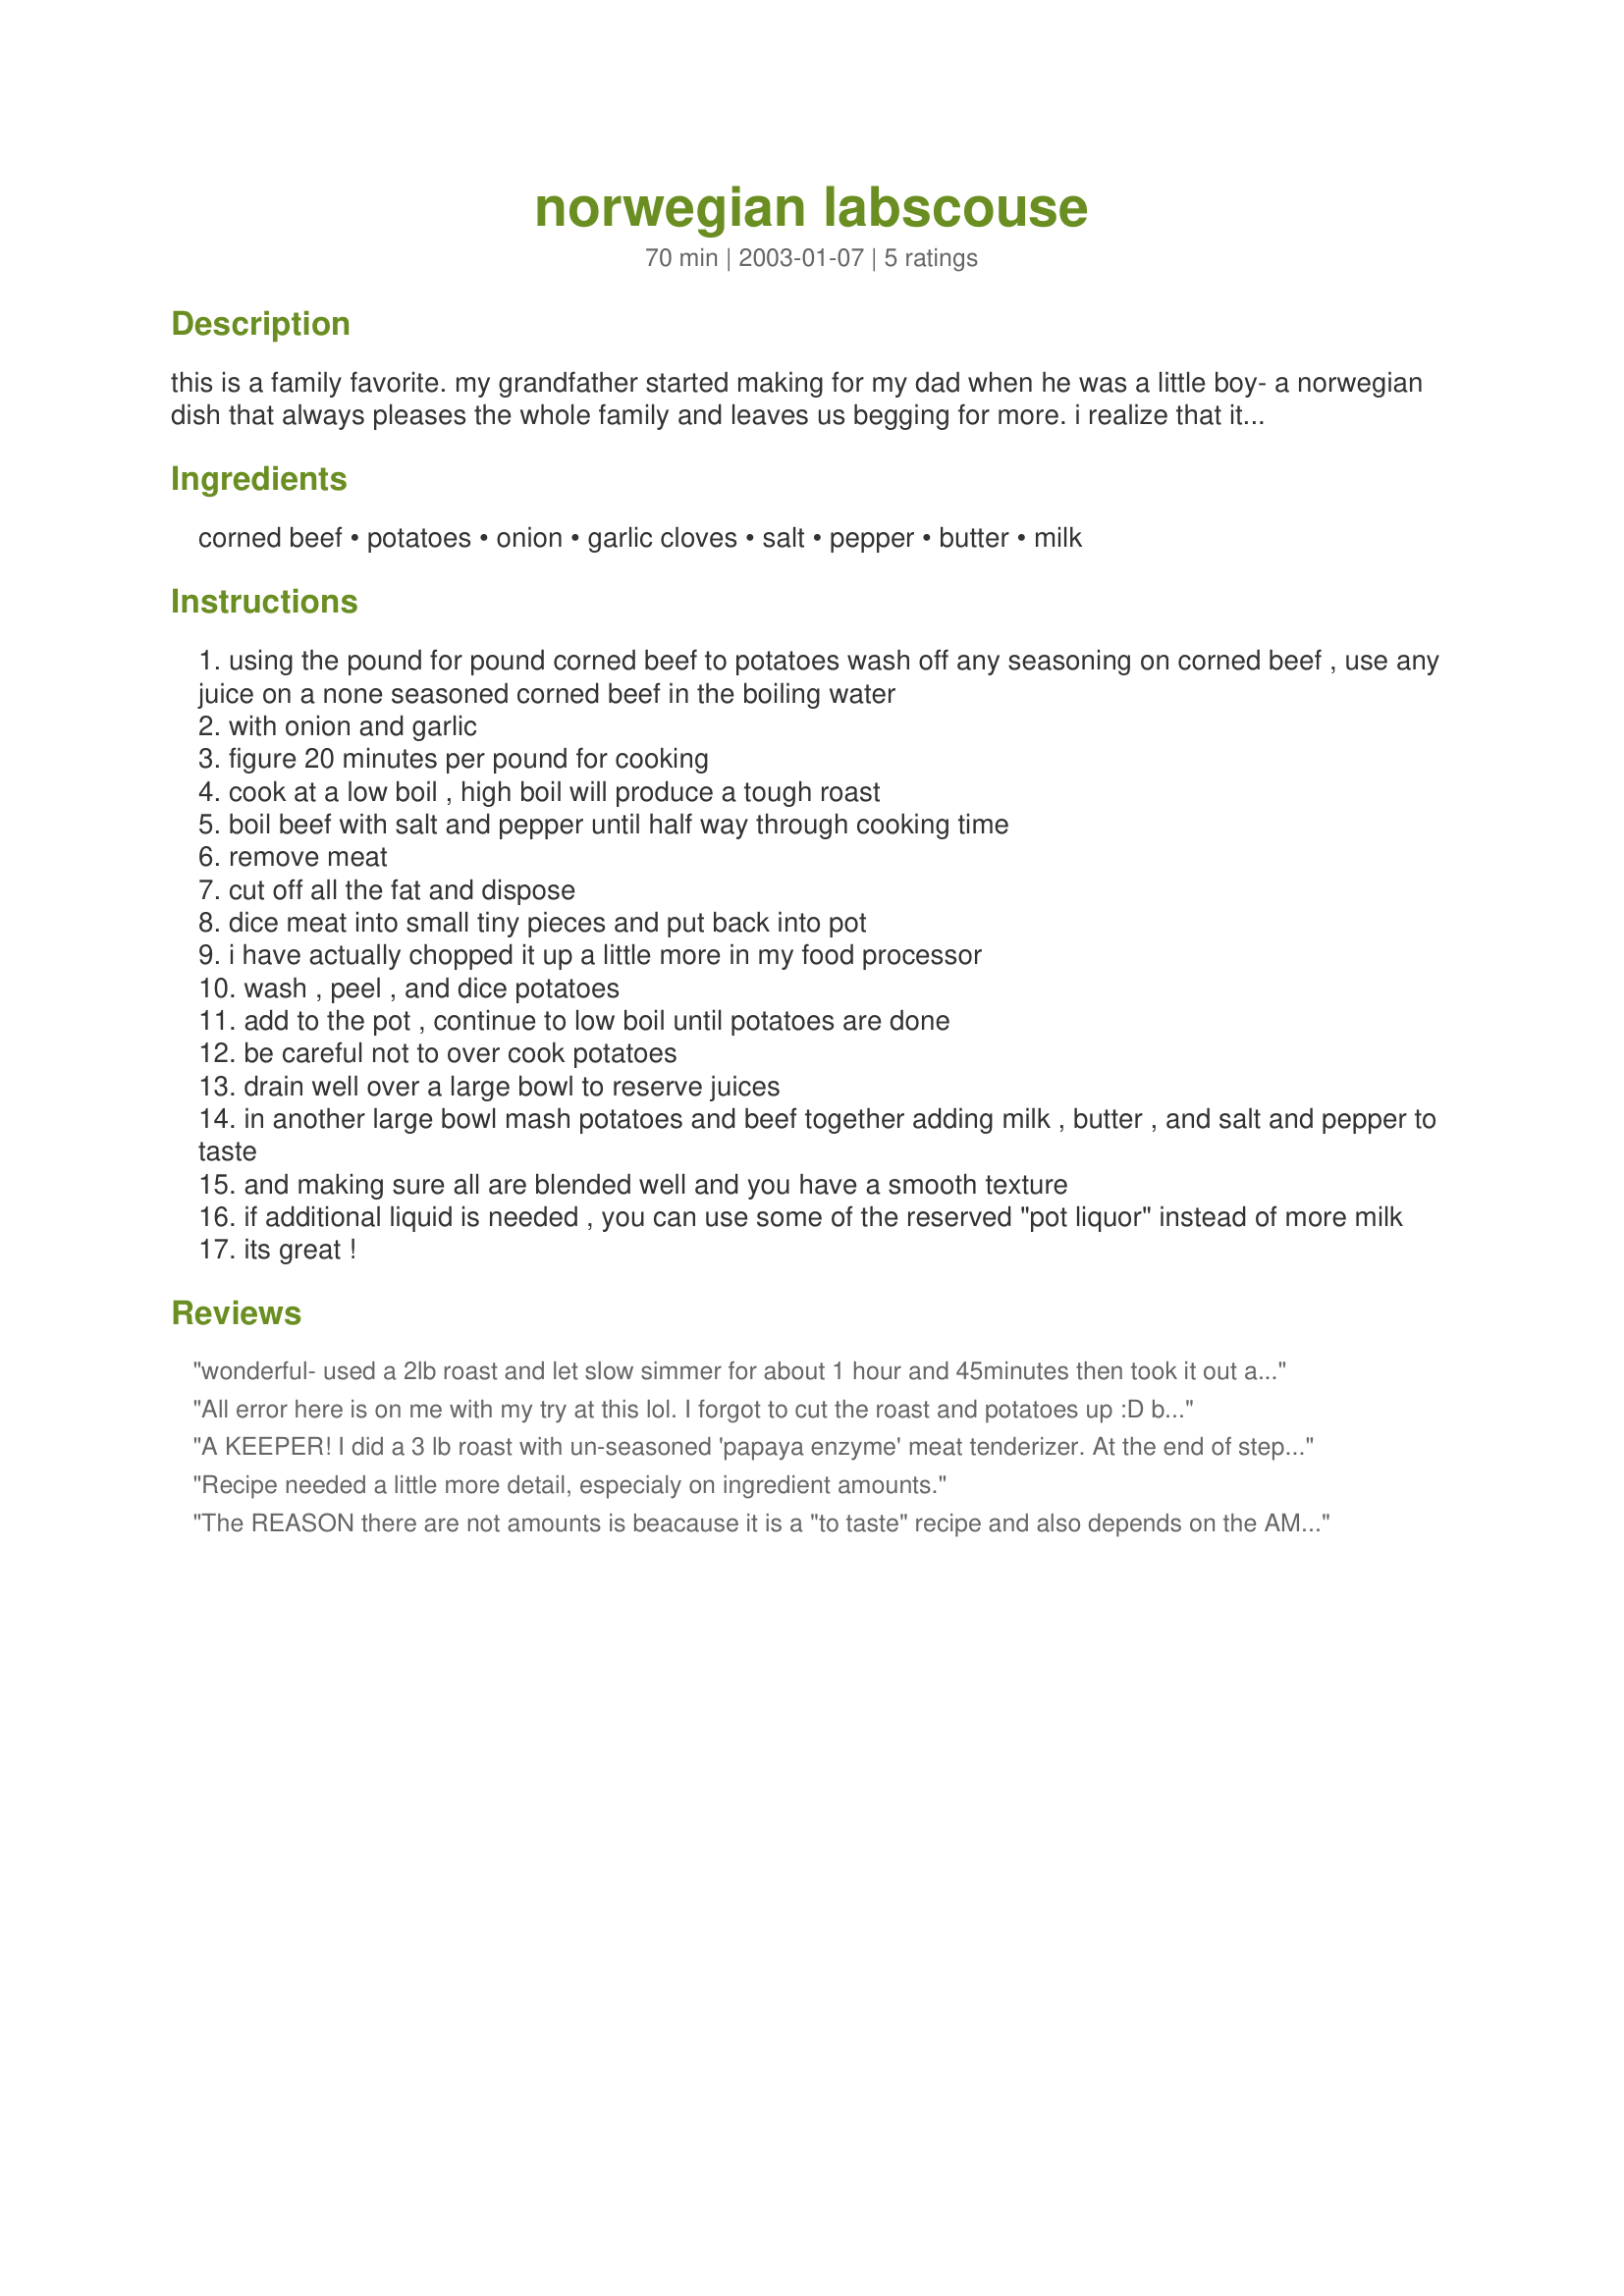
norwegian labscouse
Preparation time: 70 minutes

this is a family favorite. my grandfather started making for my dad when he was a little boy- a norwegian dish that always pleases the whole family and leaves us begging for more. i realize that it may be confusing that there are no amounts listed. this is a "to taste" recipe. and the amounts are equal if you have a 3 lb roast then you use 3 lbs of potatoes. when mashing them together add milk/pot liquor to your preference of consistency. also the seasonings you add should be to your taste i.e. garlic, salt, pepper, butter or other spices you like. adapt this recipe to your taste and make it your dish! i am now making amounts for those who are totally confused.

Ingredients:
corned beef, potatoes, onion, garlic cloves, salt, pepper, butter, milk

Steps:
using the pound for pound corned beef to potatoes wash off any seasoning on corned beef , use any juice on a none seasoned corned beef in the boiling water
with onion and garlic
figure 20 minutes per pound for cooking
cook at a low boil , high boil will produce a tough roast
boil beef with salt and pepper until half way through cooking time
remove meat
cut off all the fat and dispose
dice meat into small tiny pieces and put back into pot
i have actually chopped it up a little more in my food processor
wash , peel , and dice potatoes
add to the pot , continue to low boil until potatoes are done
be careful not to over cook potatoes
drain well over a large bowl to reserve juices
in another large bowl mash potatoes and beef together adding milk , butter , and salt and pepper to taste
and making sure all are blended well and you have a smooth texture
if additional liquid is needed , you can use some of the reserved "pot liquor" instead of more milk
its great !

Reviews:
wonderful- used a 2lb roast and let slow simmer for about 1 hour and 45minutes then took it out and minced it up. Although the potatoes I used came out a little grainy once mashed together. Next time will have to make a larger batch to use the next morning with those eggs! HAd this along side some salad and brocolli and the recipe you posted for marinated tomatoes. Great thanks!
All error here is on me with my try at this lol. I forgot to cut the roast and potatoes up :D boiled it on low (Great tip thanks for that Shawn!) with a red onion and red peels-on potatoes (as i prefer them that way.) The potatoes were not done :D while the meat was right on. Regardless!! haha I loved it! I will make it again...right I hope ;) Thanks much!
A KEEPER! I did a 3 lb roast with un-seasoned 'papaya enzyme' meat tenderizer. At the end of step 5 I didn't return the meat to the pot. After cooling, I divided it into 1/3 lb portions in Ziploc bags, dividing the pot liquor among the bags.
I sealed, labeled, and dated them. (always label and date things! neither you or your freezer will remember what it is 3-4 months from now!)
I degress. To finish the dish, simply thaw as many portions as needed in a large pan as you pick up the count at step 6. I agree with April Guzman Red Potatoes and Red Onions go well with this dish, but then Yukon Golds and Walla Walla Sweets aren't too shabby either and simple Russets and Yellow Onions are still around because they're wonderful. Never mind what your Dad said. Play with your food. Thanx for posting this great recipe. Pierre
Recipe needed a little more detail, especialy on ingredient amounts.
The REASON there are not amounts is beacause it is a "to taste" recipe and also depends on the AMOUNTS you prefer to use. 

If a recipe amount is pound per pound that means that you use equal amounts of each according to what you have. And the milk and butter and seasonings are to your taste and consistency mashed potato preference.
